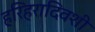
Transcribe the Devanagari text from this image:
हरिहरादिवशी